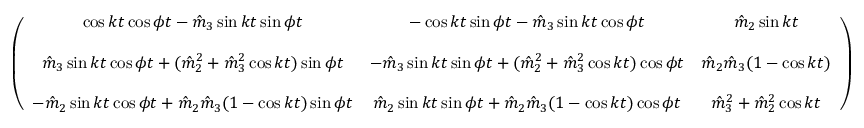
\begin{array} { r } { \left( \begin{array} { c c c } { \cos k t \cos \phi t - \hat { m } _ { 3 } \sin k t \sin \phi t } & { - \cos k t \sin \phi t - \hat { m } _ { 3 } \sin k t \cos \phi t } & { \hat { m } _ { 2 } \sin k t } \\ { } & { } & { } \\ { \hat { m } _ { 3 } \sin k t \cos \phi t + ( \hat { m } _ { 2 } ^ { 2 } + \hat { m } _ { 3 } ^ { 2 } \cos k t ) \sin \phi t } & { - \hat { m } _ { 3 } \sin k t \sin \phi t + ( \hat { m } _ { 2 } ^ { 2 } + \hat { m } _ { 3 } ^ { 2 } \cos k t ) \cos \phi t } & { \hat { m } _ { 2 } \hat { m } _ { 3 } ( 1 - \cos k t ) } \\ { } & { } & { } \\ { - \hat { m } _ { 2 } \sin k t \cos \phi t + \hat { m } _ { 2 } \hat { m } _ { 3 } ( 1 - \cos k t ) \sin \phi t } & { \hat { m } _ { 2 } \sin k t \sin \phi t + \hat { m } _ { 2 } \hat { m } _ { 3 } ( 1 - \cos k t ) \cos \phi t } & { \hat { m } _ { 3 } ^ { 2 } + \hat { m } _ { 2 } ^ { 2 } \cos k t } \end{array} \right) } \end{array}